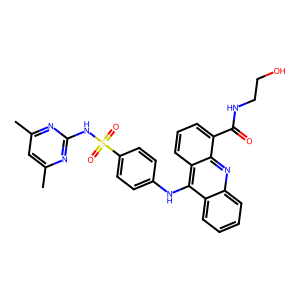
SMILES: Cc1cc(C)nc(NS(=O)(=O)c2ccc(Nc3c4ccccc4nc4c(C(=O)NCCO)cccc34)cc2)n1
Inhibits HIV replication: No